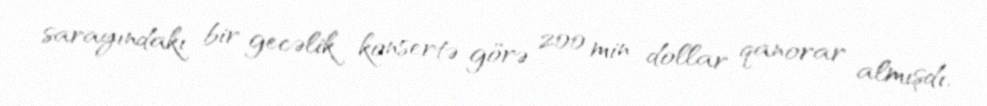
sarayındakı bir gecəlik konsertə görə 200 min dollar qanorar almışdı.